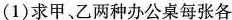
(1)求甲、乙两种办公桌每张各